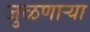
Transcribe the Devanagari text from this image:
जुळणार्‍या